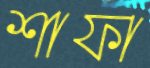
শাফা